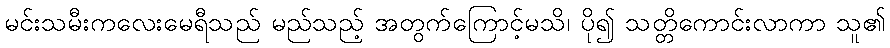
မင်းသမီးကလေးမေရီသည် မည်သည့် အတွက်ကြောင့်မသိ၊ ပို၍ သတ္တိကောင်းလာကာ သူ၏